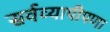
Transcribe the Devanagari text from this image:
सर्वव्यापीपणा